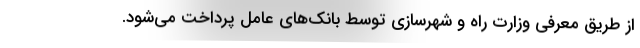
از طریق معرفی وزارت راه و شهرسازی توسط بانک‌های عامل پرداخت می‌شود.